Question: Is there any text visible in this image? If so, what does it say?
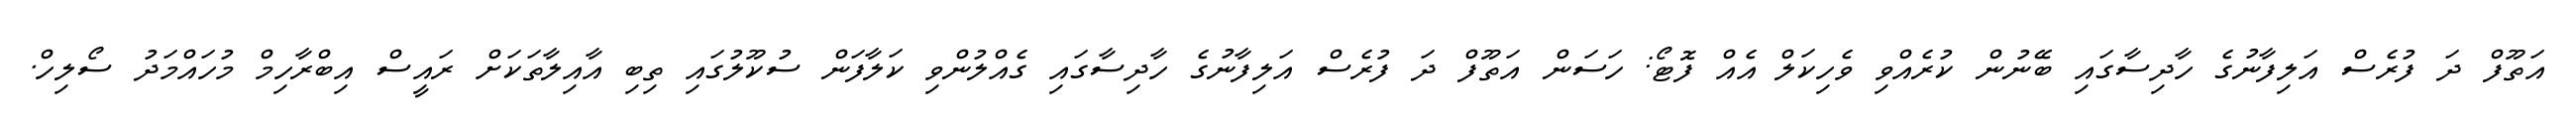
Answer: އަތޫފް ދަ ފުރެސް އަލިފާނުގެ ހާދިސާގައި ބޭނުން ކުރެއްވި ވެހިކަލް އެއް ފޮޓޯ: ހަސަން އަތޫފް ދަ ފުރެސް އަލިފާނުގެ ހާދިސާގައި ގެއްލުންވި ކަލާފަން ސުކޫލުގައި ތިބި އާއިލާތަކަށް ރައީސް އިބްރާހިމް މުހައްމަދު ސޯލިހް.